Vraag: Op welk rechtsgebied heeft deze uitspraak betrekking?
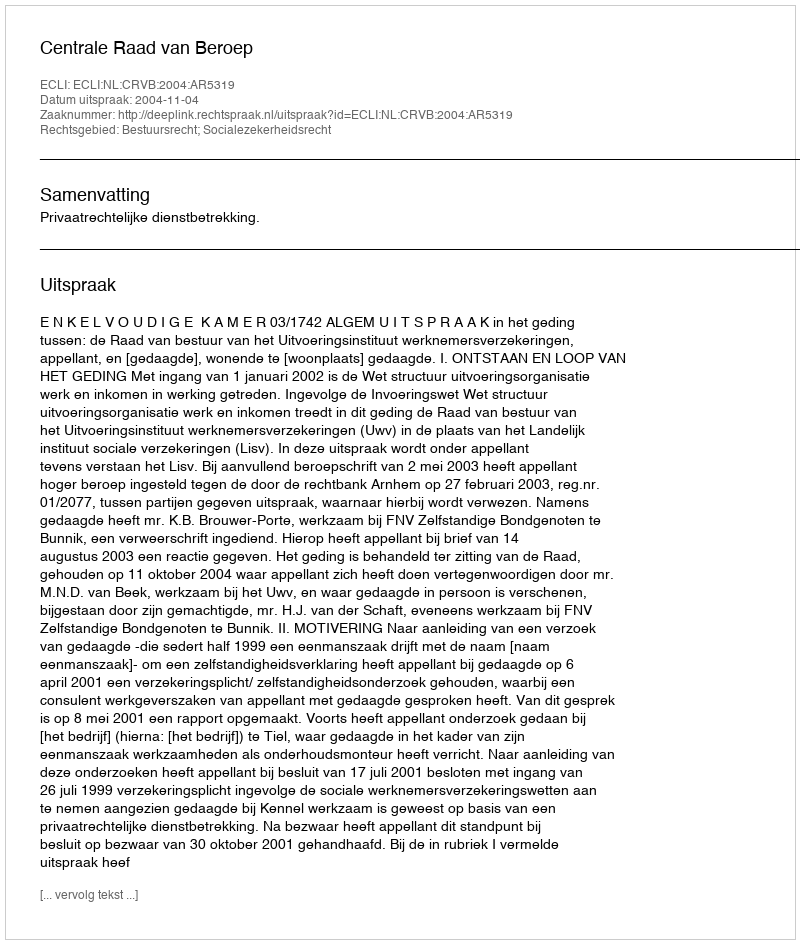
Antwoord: Bestuursrecht; Socialezekerheidsrecht